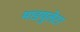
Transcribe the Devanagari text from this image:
माडयुलेटर